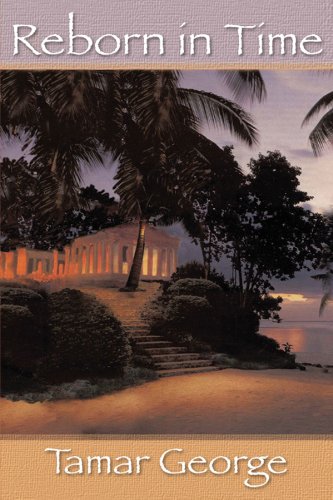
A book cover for Reborn in Time; Tamar George; Religion & Spirituality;